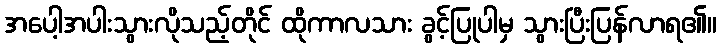
အပေါ့အပါးသွားလိုသည့်တိုင် ထိုကာလသား ခွင့်ပြုပါမှ သွားပြီးပြန်လာရ၏။